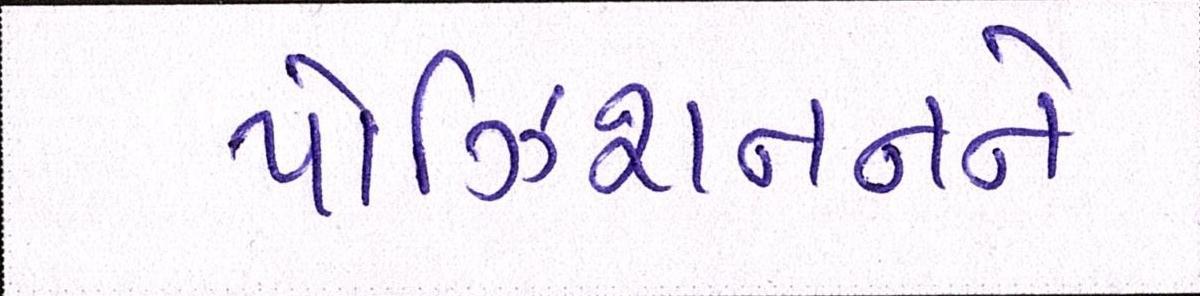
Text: પોઝિશનનને